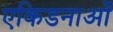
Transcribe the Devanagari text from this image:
एकिडनाओं